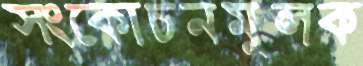
সংকোচনমূলক